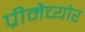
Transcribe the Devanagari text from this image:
प्रीमैच्योर